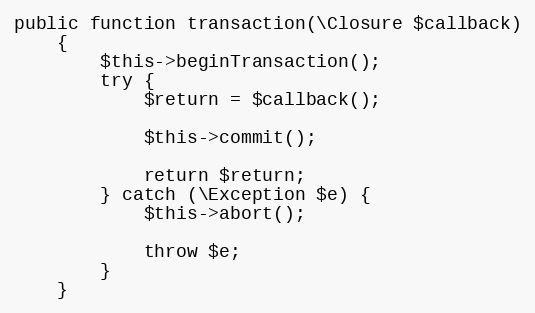
Language: PHP
public function transaction(\Closure $callback)
    {
        $this->beginTransaction();
        try {
            $return = $callback();

            $this->commit();

            return $return;
        } catch (\Exception $e) {
            $this->abort();

            throw $e;
        }
    }